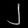
Digit: ၂